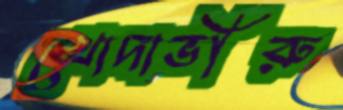
খোদাভীরু